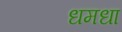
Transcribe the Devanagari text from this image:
धमधा